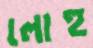
লোহু